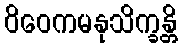
ဝိဝေကမနုသိက္ခန္တိ